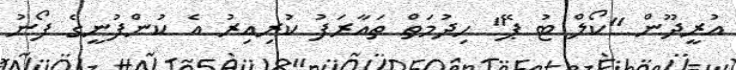
އުރީދޫން "ކޯލް ޓު ޕޭ" ހިދުމަތް ތައާރަފު ކުރިއިރު އެ ކުންފުނީގެ ފޯނު